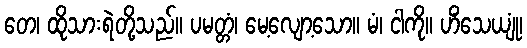
တေ၊ ထိုသားရဲတို့သည်။ ပမတ္တံ၊ မေ့လျော့သော။ မံ၊ ငါကို။ ဟိံသေယျုံ၊